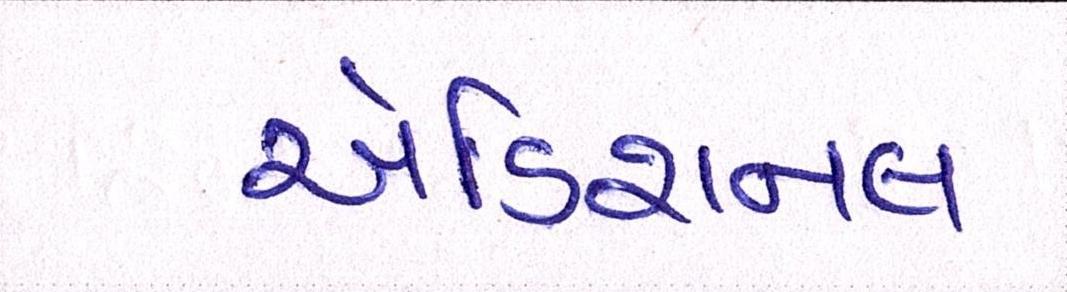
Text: એડિશનલ